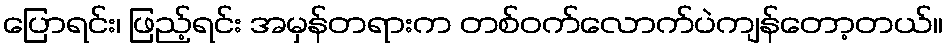
ပြောရင်း၊ ဖြည့်ရင်း အမှန်တရားက တစ်ဝက်လောက်ပဲကျန်တော့တယ်။